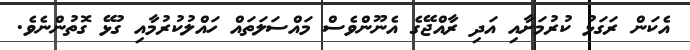
އެކަން ރަގަޅު ކުރުމަށާއި އަދި ރާއްޖޭގެ އެނޫންވެސް މައްސަލަތައް ހައްލުކުރުމާއި ގުޅޭ ގޮތުންނެވެ.